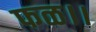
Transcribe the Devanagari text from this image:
फळ।।